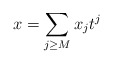
\begin{align*}x = \sum_{j \geq M} x_j t^j \end{align*}